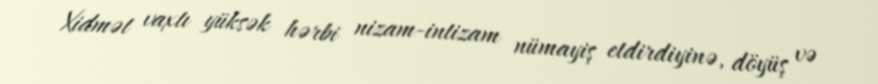
Xidmət vaxtı yüksək hərbi nizam-intizam nümayiş etdirdiyinə, döyüş və